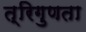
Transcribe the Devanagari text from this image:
त्रिगुणता